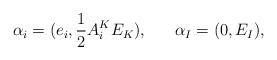
LaTeX: \begin{align*}\alpha_i = (e_i, {1\over 2}A^K_i E_K), \ \ \ \ \ \alpha_I =(0,E_I), \end{align*}